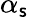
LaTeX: \alpha_{\mathsf{s}}